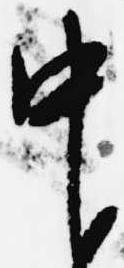
中